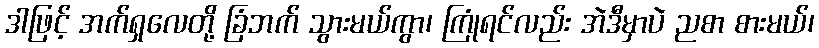
ဒါဖြင့် အက်ရှလေတို့ ခြံဘက် သွားမယ်ကွာ၊ ကြုံရင်လည်း အဲဒီမှာပဲ ညစာ စားမယ်၊